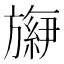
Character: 𬀕